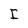
Character: I